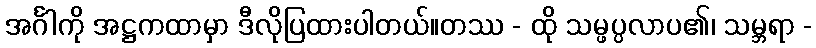
အင်္ဂါကို အဋ္ဌကထာမှာ ဒီလိုပြထားပါတယ်။တဿ - ထို သမ္ဖပ္ပလာပ၏၊ သမ္ဘရာ -